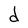
Character: d